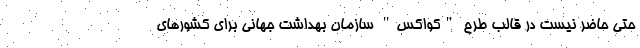
حتی حاضر نیست در قالب طرح "کواکس" سازمان بهداشت جهانی برای کشورهای